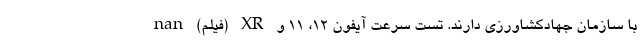
با سازمان جهادکشاورزی دارند. تست سرعت آیفون 12، 11 و XR (فیلم) nan